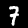
Digit: 7